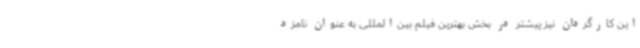
این کارگردان نیز پیشتر در بخش بهترین فیلم بین‌المللی به عنوان نامزد